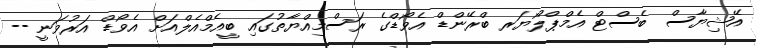
އޭޝިޔާސް ބެސްޓް އެމްޕްލޯޔަރ ބްރޭންޑް އެވޯޑްގެ ރަސްމިއްޔާތުގައި ބީއެމްއެލްއަށް އެވޯޑް އަރުވަނީ --